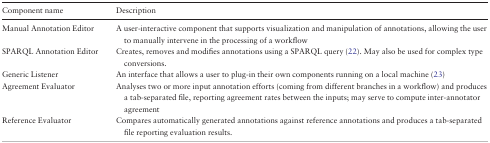
<table><thead><tr><td><b>Component name</b></td><td><b>Description</b></td></tr></thead><tbody><tr><td>Manual Annotation Editor</td><td>A user-interactive component that supports visualization and manipulation of annotations, allowing the user to manually intervene in the processing of a workflow</td></tr><tr><td>SPARQL Annotation Editor</td><td>Creates, removes and modifies annotations using a SPARQL query (22). May also be used for complex type conversions.</td></tr><tr><td>Generic Listener</td><td>An interface that allows a user to plug-in their own components running on a local machine (23)</td></tr><tr><td>Agreement Evaluator</td><td>Analyses two or more input annotation efforts (coming from different branches in a workflow) and produces a tab-separated file, reporting agreement rates between the inputs; may serve to compute inter-annotator agreement</td></tr><tr><td>Reference Evaluator</td><td>Compares automatically generated annotations against reference annotations and produces a tab-separated file reporting evaluation results.</td></tr></tbody></table>